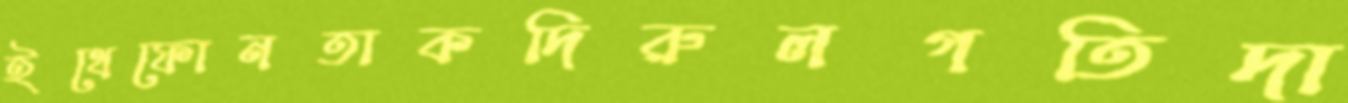
ইথেফোনতাকদিরুলগতিদা